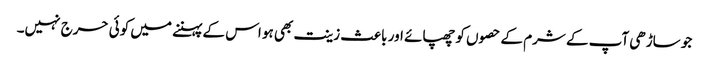
جو ساڑھی آپ کے شرم کے حصوں کو چھپائے اور باعث زینت بھی ہو اس کے پہننے میں کوئی حرج نہیں۔